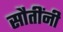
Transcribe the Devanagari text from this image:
सौतींनी